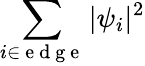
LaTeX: \sum_{i\in\mathrm{~e~d~g~e~}}|\psi_{i}|^{2}